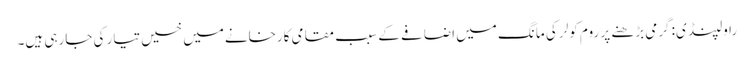
راولپنڈی: گرمی بڑھنے پر روم کولر کی مانگ میں اضافے کے سبب مقامی کارخانےمیں خسیں تیار کی جارہی ہیں۔